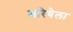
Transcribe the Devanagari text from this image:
मरियेला